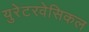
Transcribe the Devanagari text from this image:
युरेटरवेसिकल